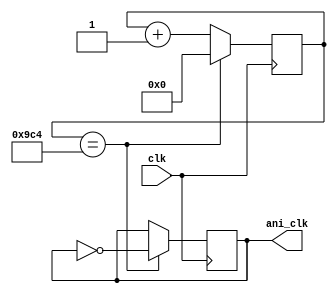
// 10000 Hz
`define TimeExpire 32'd2500

module animate_clock(clk, ani_clk);
    input clk;
    output ani_clk;

    reg ani_clk;
    reg [31:0]count;

    always@(posedge clk)
    begin
        if(count == `TimeExpire)
        begin
            count <= 32'd0;
            ani_clk <= ~ani_clk;
        end
        else
        begin
            count <= count + 1;
        end
    end
endmodule